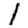
Digit: 1